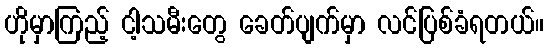
ဟိုမှာကြည့် ငါ့သမီးတွေ ခေတ်ပျက်မှာ လင်ပြစ်ခံရတယ်။